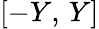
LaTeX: [-Y,\, Y]